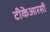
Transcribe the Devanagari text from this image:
टीकेआरसी